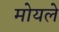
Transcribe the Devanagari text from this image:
मोयले